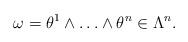
LaTeX: \begin{align*}\omega=\theta^1\wedge\ldots\wedge\theta^n\in\Lambda^n.\end{align*}